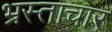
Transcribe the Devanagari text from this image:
भ्रस्ताचार